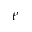
t ^ { \prime }